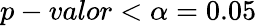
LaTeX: p-valor<\alpha=0.05